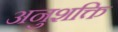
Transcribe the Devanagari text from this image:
अनुशक्ति